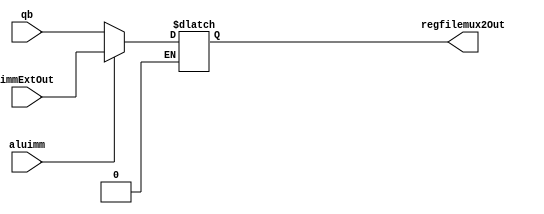
`timescale 1ns / 1ps

module regfilemux2(
    input [31:0] qb,
    input [31:0] immExtOut,
    input aluimm,
    
    output reg [31:0] regfilemux2Out
    );
    always @(*) begin
     if (aluimm == 1'b0) 
        regfilemux2Out = qb;
     else if (aluimm == 1'b1)
        regfilemux2Out = immExtOut;
     end
endmodule